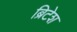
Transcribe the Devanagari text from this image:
ब्रिटेश